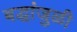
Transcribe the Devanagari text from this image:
बद्धांजुळी